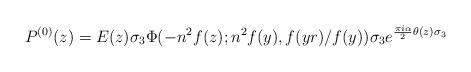
LaTeX: \begin{align*} P^{(0)}(z) = E(z) \sigma_3 \Phi(-n^2 f(z); n^2 f(y), f(yr)/f(y)) \sigma_3 e^{\frac{\pi i \alpha }{2}\theta(z) \sigma_3}\end{align*}